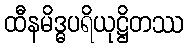
ထီနမိဒ္ဓပရိယုဋ္ဌိတဿ